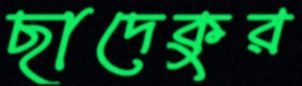
ছাদেকুর